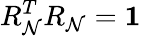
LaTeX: R_{\mathcal{N}}^{T}R_{\mathcal{N}}=\mathbf{{1}}